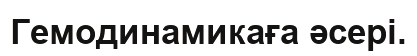
Гемодинамикаға əсері.